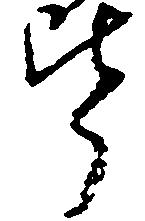
皆